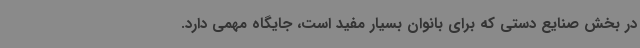
در بخش صنایع دستی که برای بانوان بسیار مفید است، جایگاه مهمی دارد.